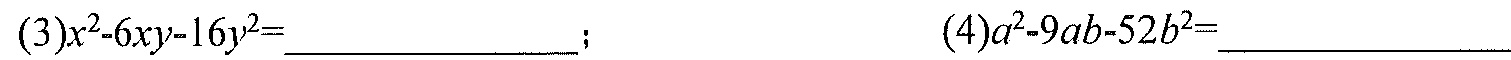
(3)\(x^{2}-6xy - 16y^{2}=\)_____________；  (4)\(a^{2}-9ab - 52b^{2}=\)_____________